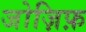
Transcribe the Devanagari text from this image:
जोज़िफ़